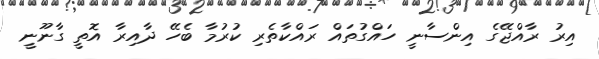
އިރު ރާއްޖޭގެ އިންސާނީ ހައްގުތައް ރައްކާތެރި ކުރުމާ ބެހޭ ދާއިރާ އޮތީ ގާނޫނީ